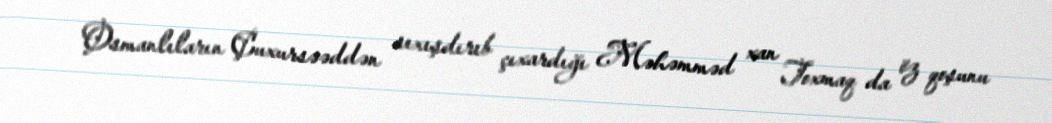
Osmanlıların Çuxursəəddən sıxışdırıb çıxardığı Məhəmməd xan Toxmaq da öz qoşunu